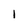
Character: I